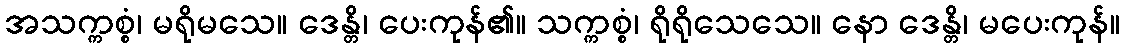
အသက္ကစ္စံ၊ မရိုမသေ။ ဒေန္တိ၊ ပေးကုန်၏။ သက္ကစ္စံ၊ ရိုရိုသေသေ။ နော ဒေန္တိ၊ မပေးကုန်။